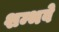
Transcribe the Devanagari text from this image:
शम्भवे